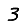
Digit: 3